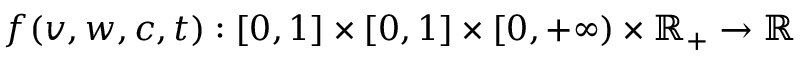
f ( v , w , c , t ) : [ 0 , 1 ] \times [ 0 , 1 ] \times [ 0 , + \infty ) \times \mathbb { R } _ { + } \to \mathbb { R }